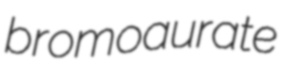
bromoaurate